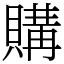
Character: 購